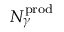
N _ { \gamma } ^ { \mathrm { p r o d } }